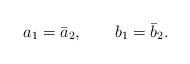
LaTeX: \begin{align*}a_{1} = \bar{a}_{2}, \qquad b_{1}=\bar{b}_{2}.\end{align*}